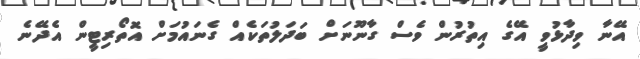
އޭނާ ވިދާޅުވީ އޭގެ އިތުރުން ވެސް ގާނޫނަށް ބަދަލުތަކެއް ގެނައުމަށް އޮތޯރިޓީން އެދޭނެ